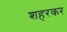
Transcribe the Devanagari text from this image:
शहरकर